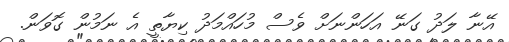
އޭނާ ލަދު ގަނޭ އަހަންނަށް ވެސް މުހައްމަދު ކިޔާތީ އެ ނަމުން ގޮވަން.